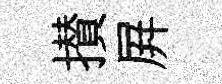
攅屛